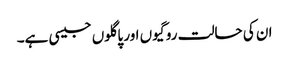
ان کی حالت روگیوں اور پاگلوں جیسی ہے۔